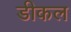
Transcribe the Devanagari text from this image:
डीकल